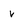
Character: v